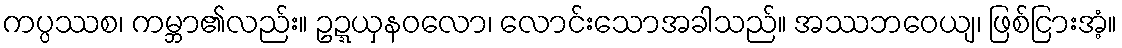
ကပ္ပဿစ၊ ကမ္ဘာ၏လည်း။ ဥဍ္ဍယှနဝလော၊ လောင်းသောအခါသည်။ အဿဘဝေယျ၊ ဖြစ်ငြားအံ့။